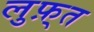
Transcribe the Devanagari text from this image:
लुफ़्त